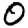
Digit: 0